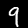
Label: 9